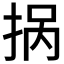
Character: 𱟽